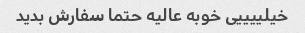
خیلییییی خوبه عالیه حتما سفارش بدید